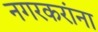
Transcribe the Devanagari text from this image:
नगरकरांना